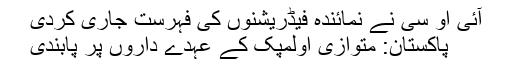
آئی او سی نے نمائندہ فیڈریشنوں کی فہرست جاری کردی
پاکستان: متوازی اولمپک کے عہدے داروں پر پابندی